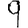
Digit: 9